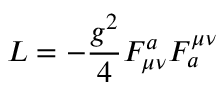
{ \cal L } = - \frac { g ^ { 2 } } { 4 } F _ { \mu \nu } ^ { a } F _ { a } ^ { \mu \nu }